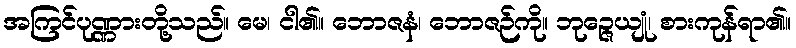
အကြင်ပုဏ္ဏားတို့သည်။ မေ၊ ငါ၏။ ဘောဇနံ၊ ဘောဇဉ်ကို။ ဘုဉ္ဇေယျုံ၊ စားကုန်ရာ၏။